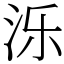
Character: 泺